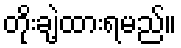
တိုးချဲ့ထားရမည်။